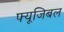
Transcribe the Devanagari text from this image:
फ्यूजिबल